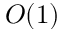
O ( 1 )